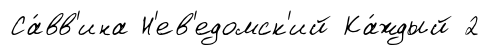
Са́вв'ина Н'ев'едомск'ий Ка́ждый 2